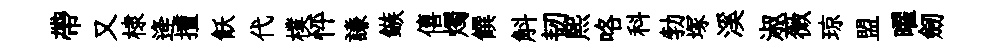
帶又棣逄擅飫代樸怦謙鏃僖燭饌斛韧煕咯科勃塚溪淑薇琼盟曜劒